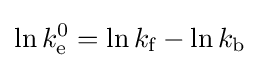
\ln k_{\text{e}}^{0}=\ln k_{\text{f}}-\ln k_{\text{b}}